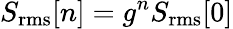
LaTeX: S_{\mathrm{rms}}[n]=g^{n}S_{\mathrm{rms}}[0]